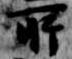
所